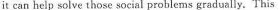
it can help solve those social problems gradually. This